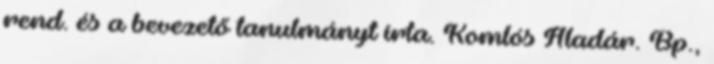
rend. és a bevezető tanulmányt írta. Komlós Aladár. Bp.,